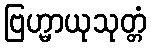
ဗြဟ္မာယုသုတ္တံ